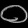
Digit: ၀